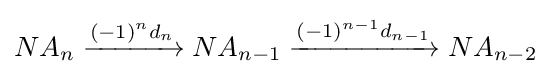
NA_{n}\xrightarrow {(-1)^{n}d_{n}} NA_{n-1}\xrightarrow {(-1)^{n-1}d_{n-1}} NA_{n-2}